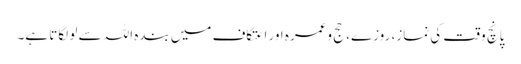
پانچ وقت کی نماز، روزے، حج وعمرہ اور اعتکاف میں بندہ اللہ سے لو لگاتا ہے۔